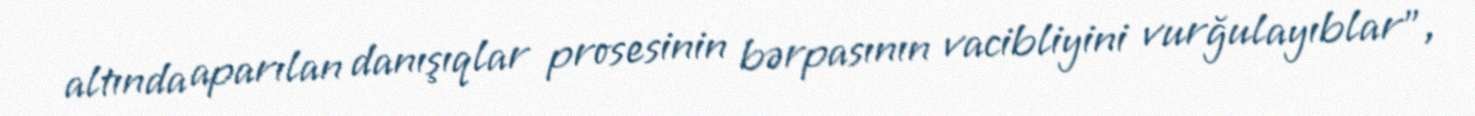
altında aparılan danışıqlar prosesinin bərpasının vacibliyini vurğulayıblar”,